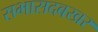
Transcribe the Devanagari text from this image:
सभासदबखर